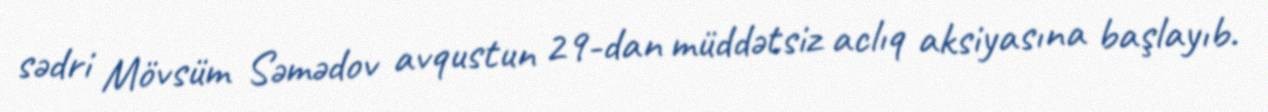
sədri Mövsüm Səmədov avqustun 29-dan müddətsiz aclıq aksiyasına başlayıb.